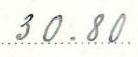
30.80